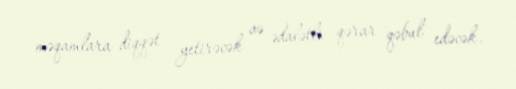
məqamlara diqqət yetirəcək və ədalətli qərar qəbul edəcək.